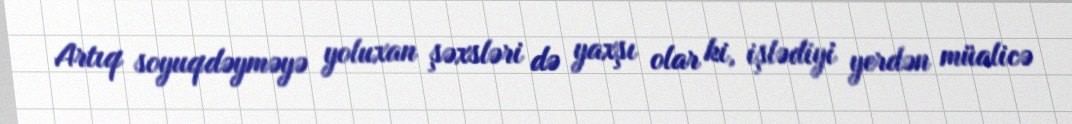
Artıq soyuqdəyməyə yoluxan şəxsləri də yaxşı olar ki, işlədiyi yerdən müalicə